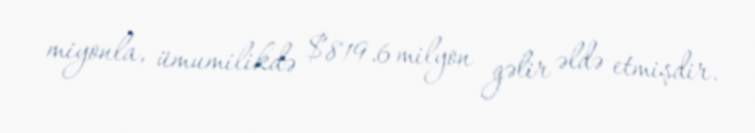
miyonla, ümumilikdə $819.6 milyon gəlir əldə etmişdir.